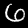
Digit: 6